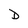
Character: D